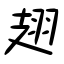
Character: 翅